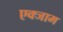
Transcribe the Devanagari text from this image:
एक्जाम